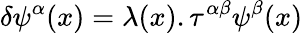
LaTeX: \delta\psi^{\alpha}(x)=\lambda(x).\tau^{\alpha\beta}\psi^{\beta}(x)